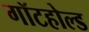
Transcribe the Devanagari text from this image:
गॉटहोल्ड